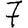
Digit: 7